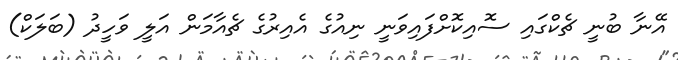
އޭނާ ބުނީ ޗެކްގައި ސޮއިކޮށްފައިވަނީ ނިއުގެ އެއިރުގެ ޗެއާމަން އަލީ ވަހީދު (ބަލަކް)